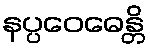
နပ္ပဝေဓေန္တိ